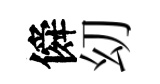
僢㓜